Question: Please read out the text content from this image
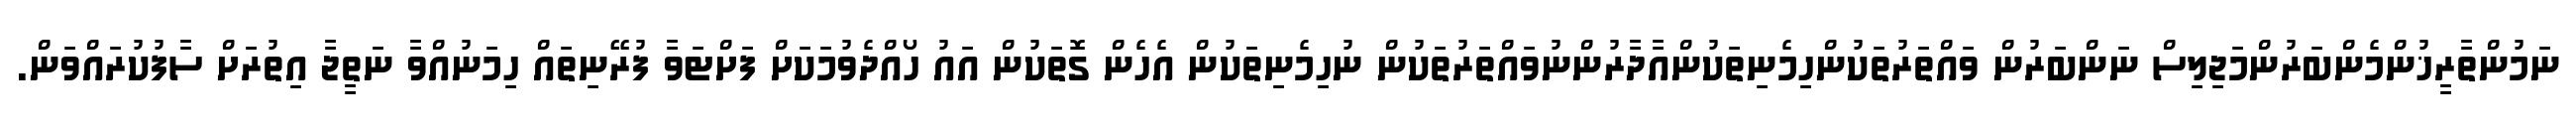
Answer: ނަމުންތާރީޚުންމެންބަރުންމަޖިލިސް ނަންބަރުން ވައްތަރުތަކުންހިމެނިތަކުންއާދާރުންނުވައްތަރުތަކުން ނުހިމެނިތަކުން އެހެން ގޮތަކުން އައު ހޯއްދެވުމަކަށް ފަށްޓަވާ ފުރޭނިތައް ހިމަނުއްވާ ނަތީޖާ އިތުރަށް ސާފުކުރައްވަން.